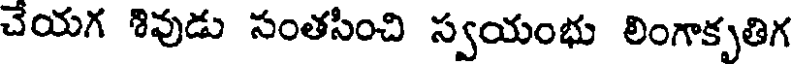
చేయగ శివుడు సంతసించి స్వయంభు లింగాకృతిగ